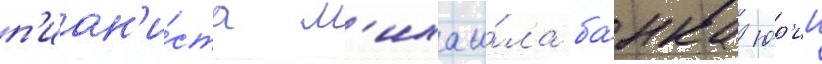
п'иан'и́ста м'ихаи́ла ба́нка юр'ии